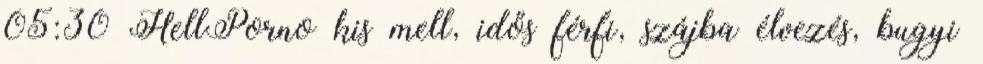
05:30 HellPorno kis mell, idős férfi, szájba élvezés, bugyi